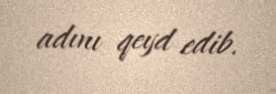
adını qeyd edib.